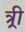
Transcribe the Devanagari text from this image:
त्र्री